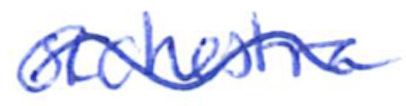
Text: orchestra
Cross-out: wave
Writing tool: ballpoint